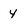
Character: Y